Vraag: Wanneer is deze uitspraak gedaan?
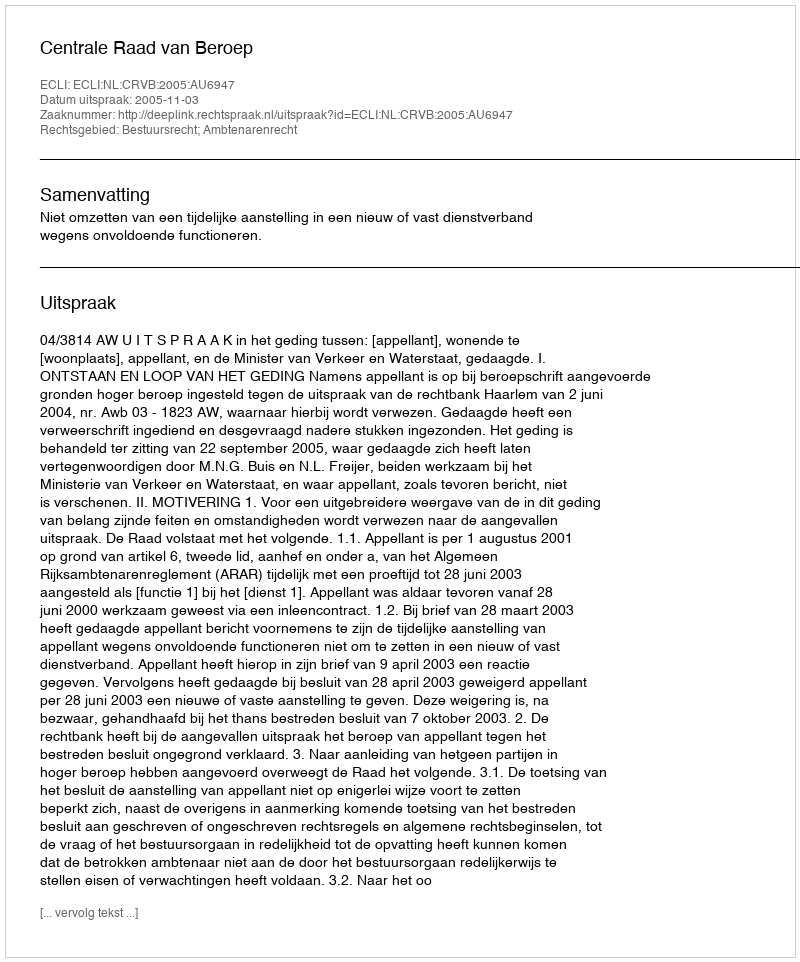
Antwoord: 2005-11-03